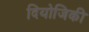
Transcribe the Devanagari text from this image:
दियोजिकी